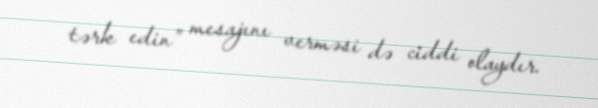
tərk edin” mesajını verməsi də ciddi olaydır.